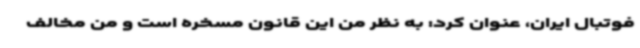
فوتبال ایران، عنوان کرد: به نظر من این قانون مسخره است و من مخالف